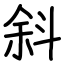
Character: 斜